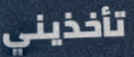
تأخذيني